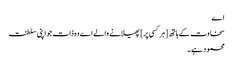
اے
سخاوت کے ہاتھ [ ہر کسی پر ] پھیلانے والے اے وہ ذات جو اپنی سلطنت
محمود ہے ۔